Scientific memoirs by medical officers of the Army of India - Part X,
Year: 1897
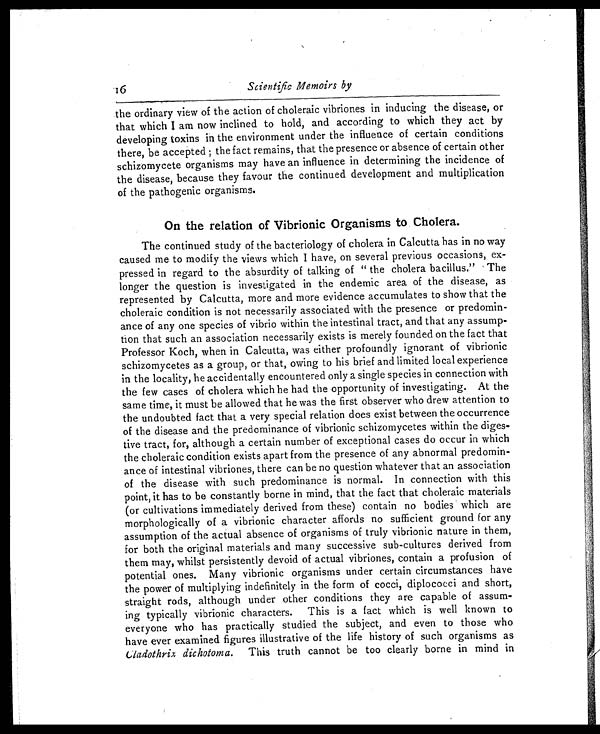
16
Scientific Memoirs by
the ordinary view of the action of choleraic vibriones in inducing the disease, or
that which I am now inclined to hold, and according to which they act by
developing toxins in the environment under the influence of certain conditions
there, be accepted ; the fact remains, that the presence or absence of certain other
schizomycete organisms may have an influence in determining the incidence of
the disease, because they favour the continued development and multiplication
of the pathogenic organisms.
On the relation of Vibrionic Organisms to Cholera.
The continued study of the bacteriology of cholera in Calcutta has in no way
caused me to modify the views which I have, on several previous occasions, ex-
pressed in regard to the absurdity of talking of " the cholera bacillus." The
longer the question is investigated in the endemic area of the disease, as
represented by Calcutta, more and more evidence accumulates to show that the
choleraic condition is not necessarily associated with the presence or predomin-
ance of any one species of vibrio within the intestinal tract, and that any assump-
tion that such an association necessarily exists is merely founded on the fact that
Professor Koch, when in Calcutta, was either profoundly ignorant of vibrionic
schizomycetes as a group, or that, owing to his brief and limited local experience
in the locality, he accidentally encountered only a single species in connection with
the few cases of cholera which he had the opportunity of investigating. At the
same time, it must be allowed that he was the first observer who drew attention to
the undoubted fact that a very special relation does exist between the occurrence
of the disease and the predominance of vibrionic schizomycetes within the diges-
tive tract, for, although a certain number of exceptional cases do occur in which
the choleraic condition exists apart from the presence of any abnormal predomin-
ance of intestinal vibriones, there can be no question whatever that an association
of the disease with such predominance is normal. In connection with this
point, it has to be constantly borne in mind, that the fact that choleraic materials
(or cultivations immediately derived from these) contain no bodies which are
morphologically of a vibrionic character affords no sufficient ground for any
assumption of the actual absence of organisms of truly vibrionic nature in them,
for both the original materials and many successive sub-cultures derived from
them may, whilst persistently devoid of actual vibriones, contain a profusion of
potential ones. Many vibrionic organisms under certain circumstances have
the power of multiplying indefinitely in the form of cocci, diplococci and short,
straight rods, although under other conditions they are capable of assum-
ing typically vibrionic characters. This is a fact which is well known to
everyone who has practically studied the subject, and even to those who
have ever examined figures illustrative of the life history of such organisms as
Cladothrix dichotoma . This truth cannot be too clearly borne in mind in